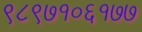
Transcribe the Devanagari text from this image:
९८९७१०६१७७